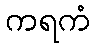
ကရကံ